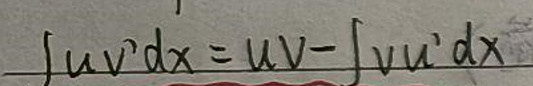
$\int uv'dx=uv-\int vu'dx$